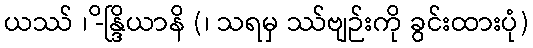
ယဿ် ၊ -ိန္ဒြိယာနိ (၊ သရမှ ဿ်ဗျဉ်းကို ခွင်းထားပုံ)